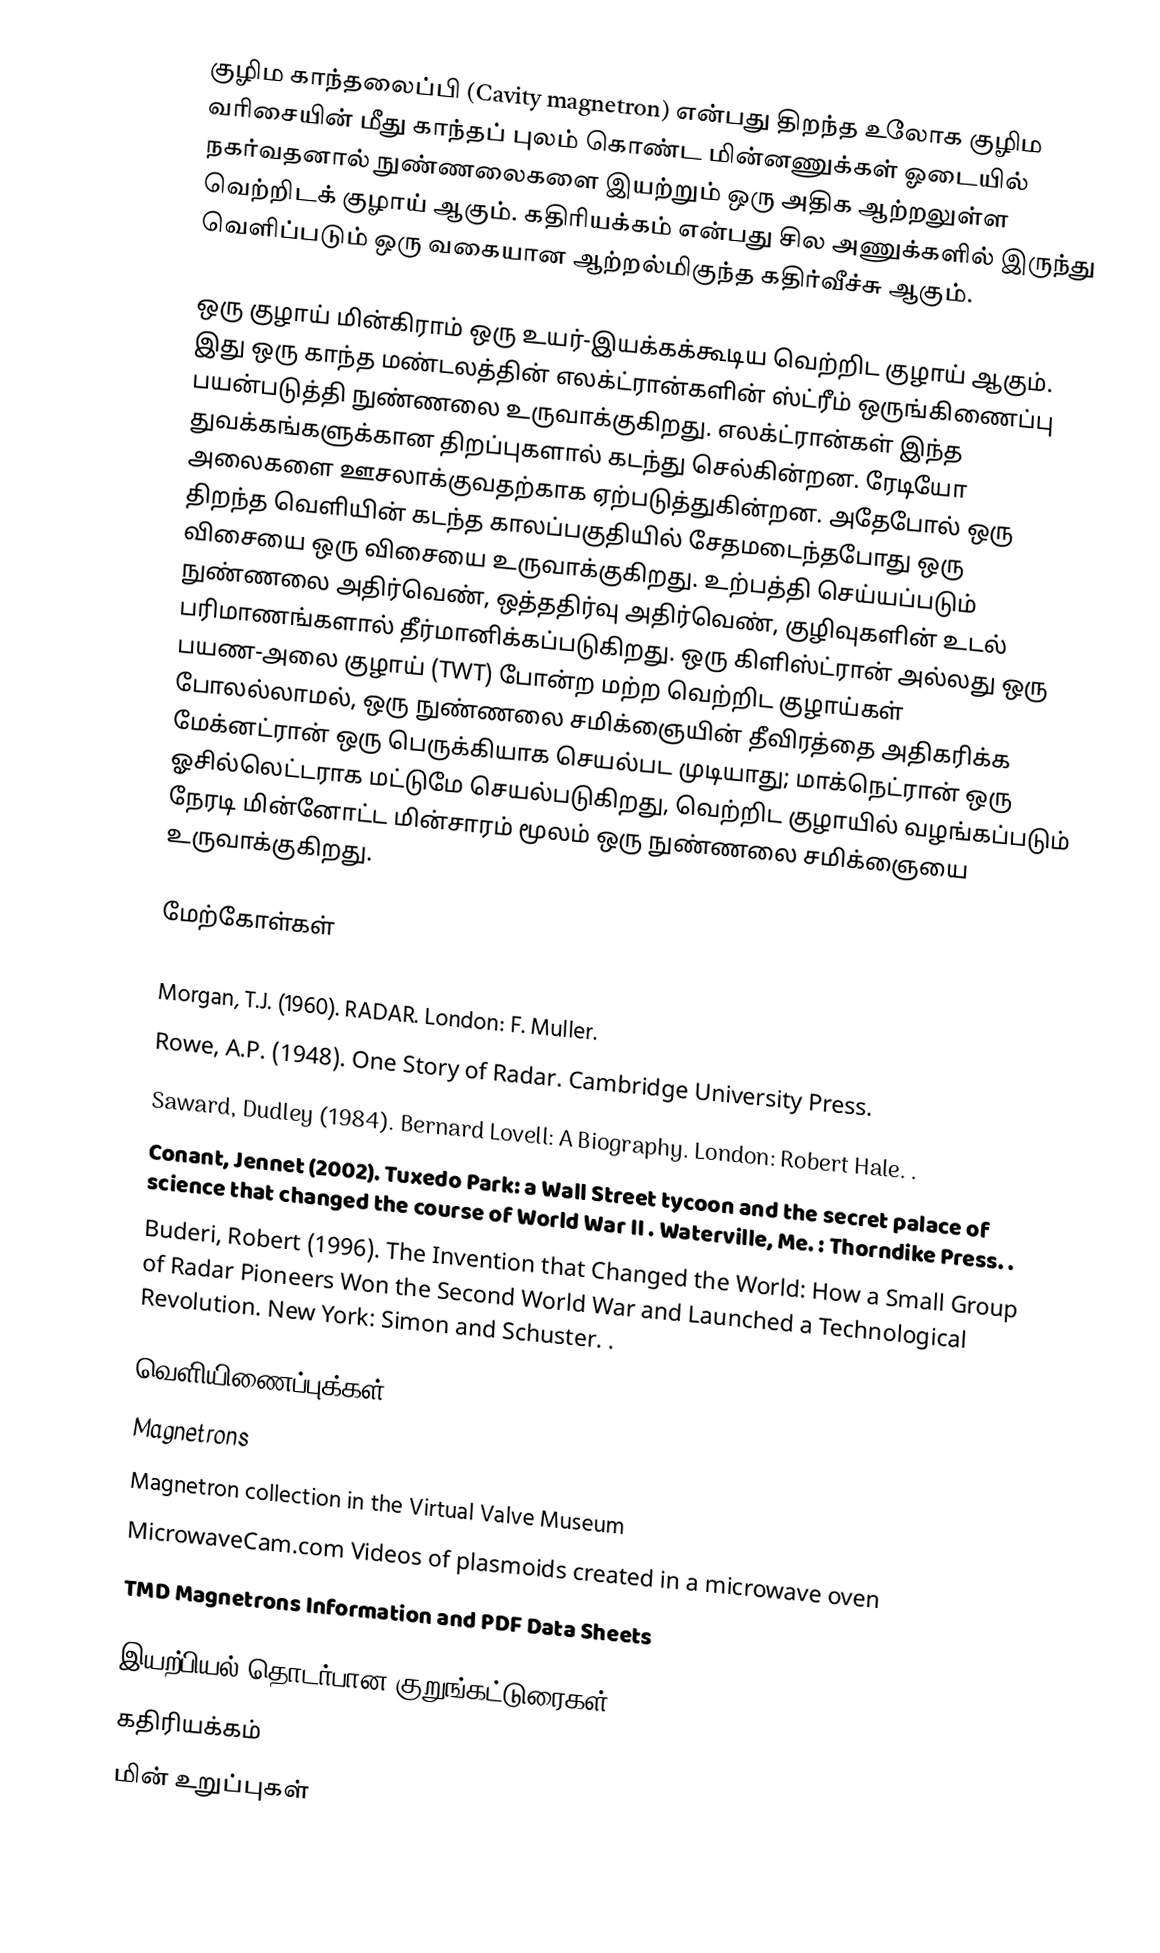
குழிம காந்தலைப்பி (Cavity magnetron) என்பது திறந்த உலோக குழிம வரிசையின் மீது காந்தப் புலம் கொண்ட மின்னணுக்கள்  ஓடையில் நகர்வதனால் நுண்ணலைகளை இயற்றும் ஒரு அதிக ஆற்றலுள்ள வெற்றிடக் குழாய் ஆகும். கதிரியக்கம் என்பது சில அணுக்களில் இருந்து வெளிப்படும் ஒரு வகையான ஆற்றல்மிகுந்த கதிர்வீச்சு ஆகும்.

ஒரு குழாய் மின்கிராம் ஒரு உயர்-இயக்கக்கூடிய வெற்றிட குழாய் ஆகும். இது ஒரு காந்த மண்டலத்தின் எலக்ட்ரான்களின் ஸ்ட்ரீம் ஒருங்கிணைப்பு பயன்படுத்தி நுண்ணலை உருவாக்குகிறது. எலக்ட்ரான்கள் இந்த துவக்கங்களுக்கான திறப்புகளால் கடந்து செல்கின்றன. ரேடியோ அலைகளை ஊசலாக்குவதற்காக ஏற்படுத்துகின்றன. அதேபோல் ஒரு திறந்த வெளியின் கடந்த காலப்பகுதியில் சேதமடைந்தபோது ஒரு விசையை ஒரு விசையை உருவாக்குகிறது. உற்பத்தி செய்யப்படும் நுண்ணலை அதிர்வெண், ஒத்ததிர்வு அதிர்வெண், குழிவுகளின் உடல் பரிமாணங்களால் தீர்மானிக்கப்படுகிறது. ஒரு கிளிஸ்ட்ரான் அல்லது ஒரு பயண-அலை குழாய் (TWT) போன்ற மற்ற வெற்றிட குழாய்கள் போலல்லாமல், ஒரு நுண்ணலை சமிக்ஞையின் தீவிரத்தை அதிகரிக்க மேக்னட்ரான் ஒரு பெருக்கியாக செயல்பட முடியாது; மாக்நெட்ரான் ஒரு ஓசில்லெட்டராக மட்டுமே செயல்படுகிறது, வெற்றிட குழாயில் வழங்கப்படும் நேரடி மின்னோட்ட மின்சாரம் மூலம் ஒரு நுண்ணலை சமிக்ஞையை உருவாக்குகிறது.

மேற்கோள்கள்

 Morgan, T.J. (1960). RADAR. London: F. Muller.
 Rowe, A.P. (1948). One Story of Radar. Cambridge University Press.
 Saward, Dudley (1984). Bernard Lovell: A Biography. London: Robert Hale. .
 Conant, Jennet (2002). Tuxedo Park: a Wall Street tycoon and the secret palace of science that changed the course of World War II . Waterville, Me. : Thorndike Press. .
 Buderi, Robert (1996). The Invention that Changed the World: How a Small Group of Radar Pioneers Won the Second World War and Launched a Technological Revolution. New York: Simon and Schuster. .

வெளியிணைப்புக்கள்
 Magnetrons
 Magnetron collection in the Virtual Valve Museum
 MicrowaveCam.com  Videos of plasmoids created in a microwave oven
 TMD Magnetrons  Information and PDF Data Sheets

இயற்பியல் தொடர்பான குறுங்கட்டுரைகள்
கதிரியக்கம்
மின் உறுப்புகள்